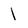
Character: 1